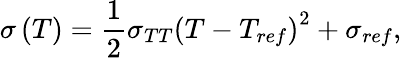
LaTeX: \sigma\left(T\right)=\frac{1}{2}{\sigma_{TT}}{\left({T-{T_{ref}}}\right)^{2}}+{\sigma_{ref}},